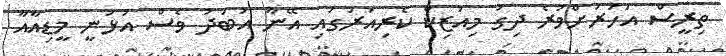
ތިރީސް އަހަރަށްވުރެ ދިގު މިއުޒިކް ކެރިއަރުގައި އޭނާ އަބަދު ވެސް އުޅުނީ މީޑިއާއާ